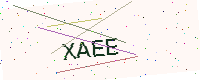
Text: XAEE